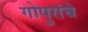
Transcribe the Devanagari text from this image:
गोपुरांचे